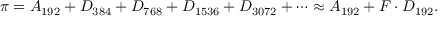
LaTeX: { } \pi = A _ { 1 9 2 } + D _ { 3 8 4 } + D _ { 7 6 8 } + D _ { 1 5 3 6 } + D _ { 3 0 7 2 } + \cdots \approx A _ { 1 9 2 } + F \cdot D _ { 1 9 2 } .